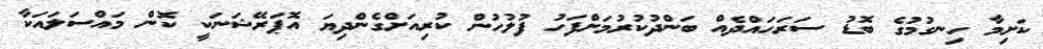
ކަށިމާ ހިނގުމުގެ ބޮޑު ސަރަހައްދެއް ބަންދުކުރުމަށްފަހު ފުލުހުން ކުރިއަށްގެންދިޔަ އޮޕަރޭޝަނަކީ ކޮން މައްސަލައަކާ